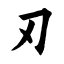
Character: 刃